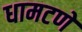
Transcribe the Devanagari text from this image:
धामटणे